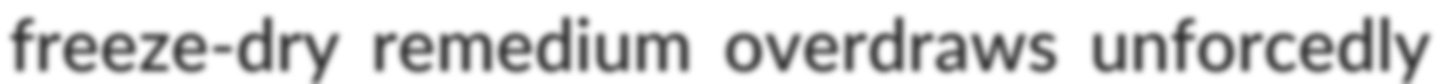
freeze-dry remedium overdraws unforcedly